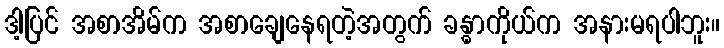
ဒါ့ပြင် အစာအိမ်က အစာချေနေရတဲ့အတွက် ခန္ဓာကိုယ်က အနားမရပါဘူး။